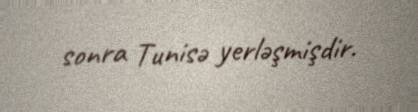
sonra Tunisə yerləşmişdir.